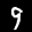
Label: 9